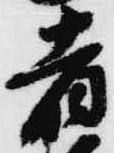
者